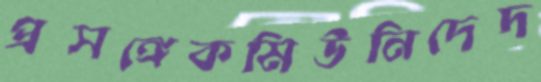
প্রসঙ্গেকমিউনিদেদ